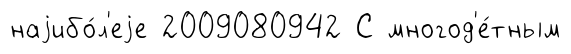
наjибо́л'еjе 2009080942 С многод'е́тным